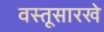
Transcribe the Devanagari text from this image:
वस्तूसारखे